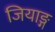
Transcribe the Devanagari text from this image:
जियाङ्ग